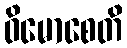
ဝိမောစေတိ